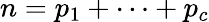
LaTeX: n=p_{1}+\cdots+p_{c}